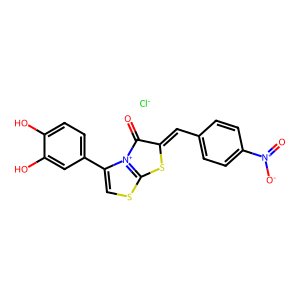
SMILES: O=C1C(=Cc2ccc([N+](=O)[O-])cc2)Sc2scc(-c3ccc(O)c(O)c3)[n+]21.[Cl-]
Inhibits HIV replication: No